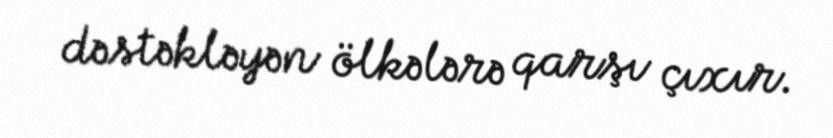
dəstəkləyən ölkələrə qarşı çıxır.